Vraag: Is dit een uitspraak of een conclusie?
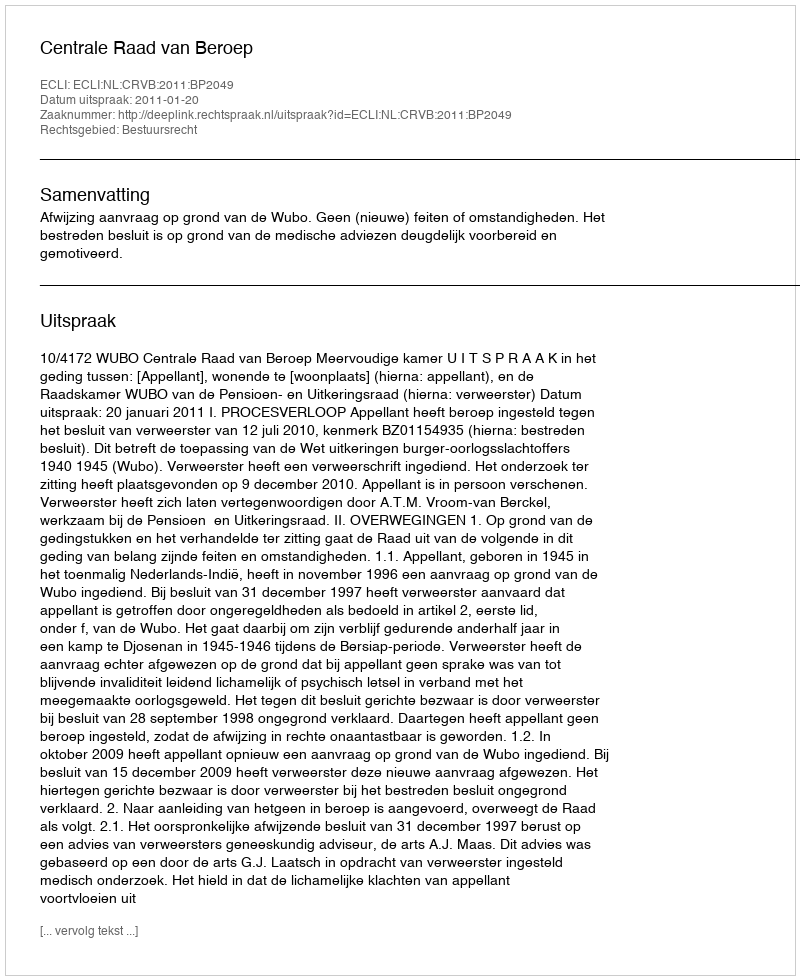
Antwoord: Uitspraak